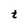
Character: t